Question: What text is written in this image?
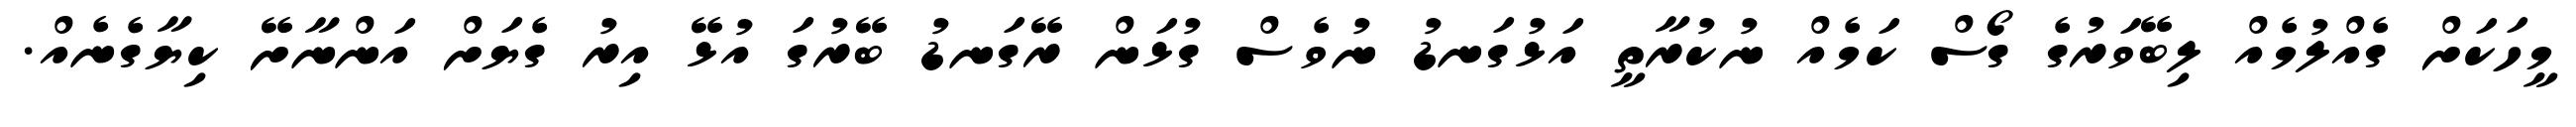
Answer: މީހަކަށް ގެއްލުމެއް ލިބޭވަރުގެ ގޯސް ކަމެއް ނުކުރާތީ އަޅުގަނޑު ނުވެސް ގުޅަން ރޭގަނޑު ބޭރުގަ އުޅޭ އިރު ގެޔަށް އަންނާށޭ ކިޔާގެނެއް.